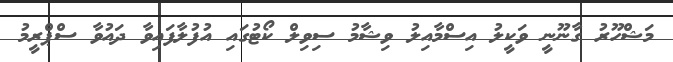
މަޝްހޫރު ގާނޫނީ ވަކީލު އިސްމާއިލު ވިޝާމު ސިވިލް ކޯޓުގައި އުފުލާފައިވާ ދައުވާ ސްޕްރީމު